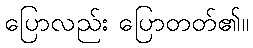
ပြောလည်း ပြောတတ်၏။